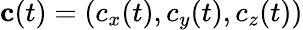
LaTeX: \mathbf{c}(t)=(c_{x}(t),c_{y}(t),c_{z}(t))